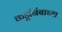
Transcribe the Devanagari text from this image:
कडूनिंबाच्या